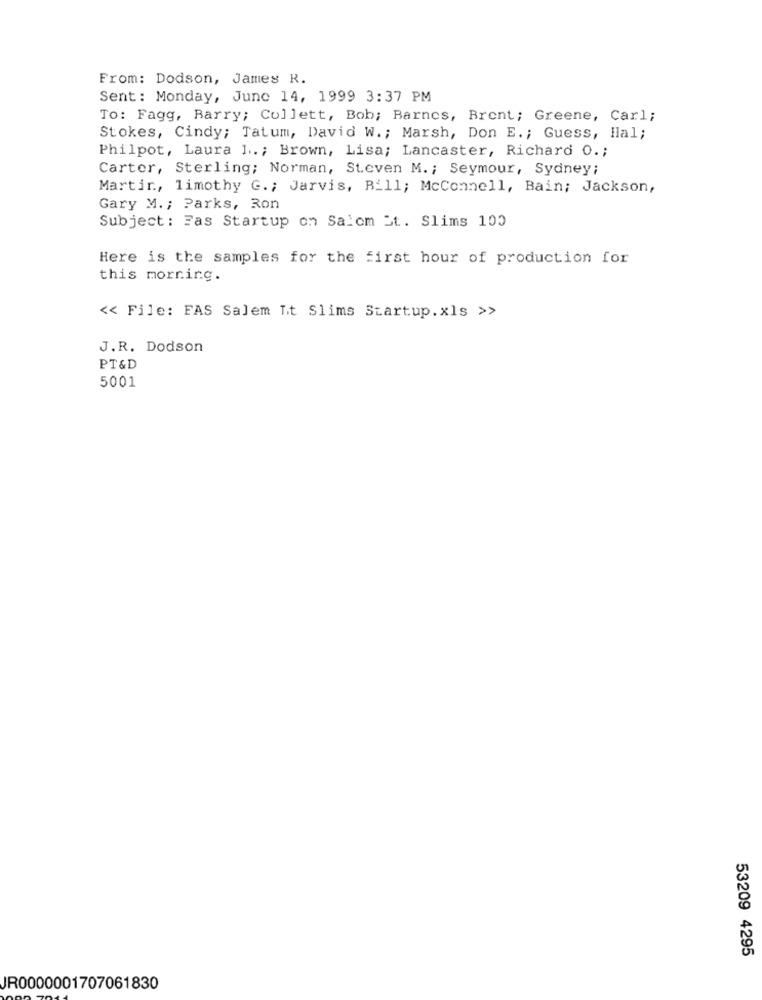
From: Dodson, James R.
Sent: Monday, June 14, 1999 3:37 PM
To: Fagg, Barry; Collett, Bob; Barnes, Brent; Greene, Carl;
Stokes, Cindy; Tatum, David W .; Marsh, Don E .; Guess, Hal;
Philpot, Laura 1 ..; Brown, Lisa; Lancaster, Richard O .;
Carter, Sterling; Norman, Steven M. ; Seymour, Sydney;
Martin, limothy G .; Jarvis, Bill; McConnell, Bain; Jackson,
Gary M .; Parks, Ron
Subject: Fas Startup on Saiom St. Slims 100
Here is the samples for the first hour of production for
this morning.
<< File: FAS Salem It Slims Startup. xls >>
J.R. Dodson
PT &D
5001
53209 4295
JR0000001707061830